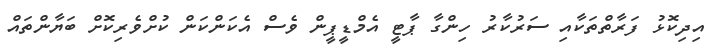
އިދިކޮޅު ފަރާތްތަކާއި ސަރުކާރު ހިންގާ ޕާޓީ އެމްޑީޕީން ވެސް އެކަންކަން ކުށްވެރިކޮށް ބަޔާންތައް